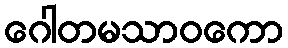
ဂေါတမသာဝကော